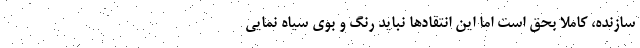
سازنده، کاملا بحق است اما این انتقادها نباید رنگ و بوی سیاه نمایی